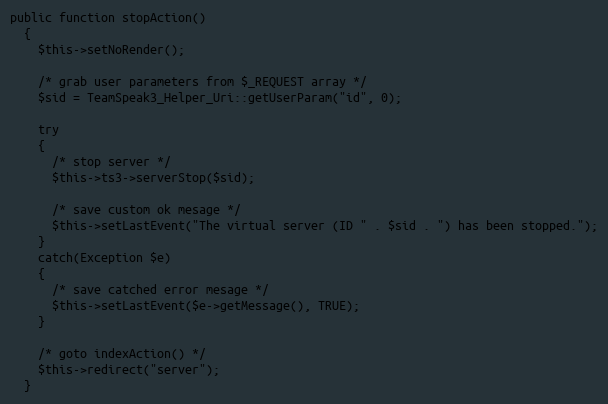
Language: PHP
public function stopAction()
  {
    $this->setNoRender();

    /* grab user parameters from $_REQUEST array */
    $sid = TeamSpeak3_Helper_Uri::getUserParam("id", 0);

    try
    {
      /* stop server */
      $this->ts3->serverStop($sid);

      /* save custom ok mesage */
      $this->setLastEvent("The virtual server (ID " . $sid . ") has been stopped.");
    }
    catch(Exception $e)
    {
      /* save catched error mesage */
      $this->setLastEvent($e->getMessage(), TRUE);
    }

    /* goto indexAction() */
    $this->redirect("server");
  }